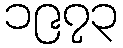
၁၉၇၃